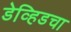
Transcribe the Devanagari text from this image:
डेव्हिडचा